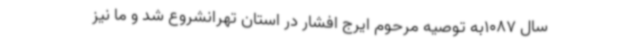
سال 1087به توصیه مرحوم ایرج افشار در استان تهرانشروع شد و ما نیز